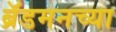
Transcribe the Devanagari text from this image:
ब्रॅडमनच्या